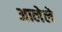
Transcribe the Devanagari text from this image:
अालेले